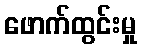
ဖောက်ထွင်းမှု